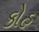
કોહ